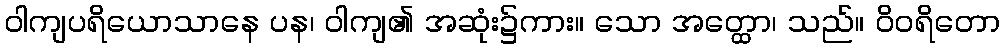
ဝါကျပရိယောသာနေ ပန၊ ဝါကျ၏ အဆုံး၌ကား။ သော အတ္ထော၊ သည်။ ဝိဝရိတော